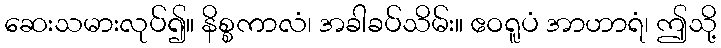
ဆေးသမားလုပ်၍။ နိစ္စကာလံ၊ အခါခပ်သိမ်း။ ဧဝရူပံ အာဟာရံ၊ ဤသို့